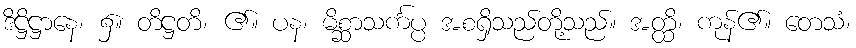
ဒိဋ္ဌိဋ္ဌာနေ၊ ၌။ တိဋ္ဌတိ၊ ၏။ ပန၊ မိစ္ဆာသင်္ကပ္ပ အစရှိသည်တို့သည်။ အတ္ထိ၊ ကုန်၏။ တေသံ၊